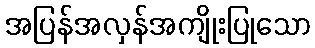
အပြန်အလှန်အကျိုးပြုသော